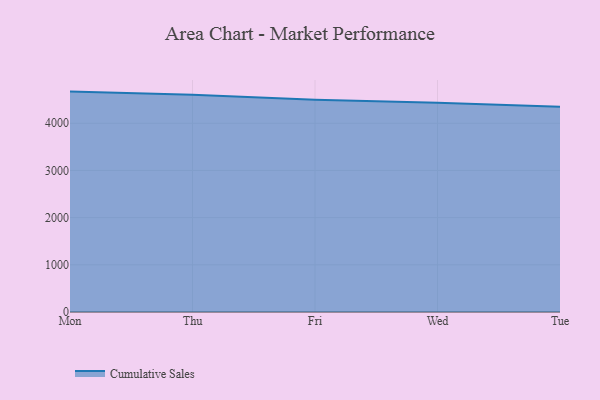
{"axis": {"x": "Day", "y": "Revenue (USD Million)"}, "legend": ["Cumulative Sales"], "data": [{"x": "Mon", "y": 4670.7, "type": "Cumulative Sales"}, {"x": "Thu", "y": 4603.4, "type": "Cumulative Sales"}, {"x": "Fri", "y": 4497.6, "type": "Cumulative Sales"}, {"x": "Wed", "y": 4436.6, "type": "Cumulative Sales"}, {"x": "Tue", "y": 4350.7, "type": "Cumulative Sales"}]}